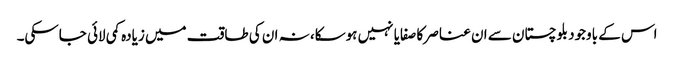
اس کے باوجود بلوچستان سے ان عناصر کا صفایا نہیں ہوسکا، نہ ان کی طاقت میں زیادہ کمی لائی جاسکی۔